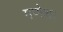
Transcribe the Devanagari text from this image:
गणेश।